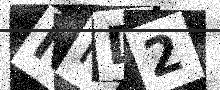
Text: NND2